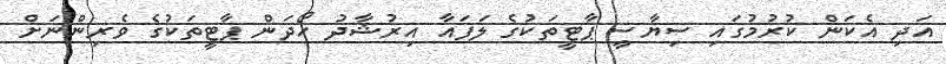
އަދި އެކަން ކުރުމުގައި ސިޔާސީ ޕާޓީތަކުގެ ލަފައާ އިރުޝާދު ހޯދަން ޕާޓީތަކުގެ ވެރިންނަށް